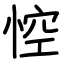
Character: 悾